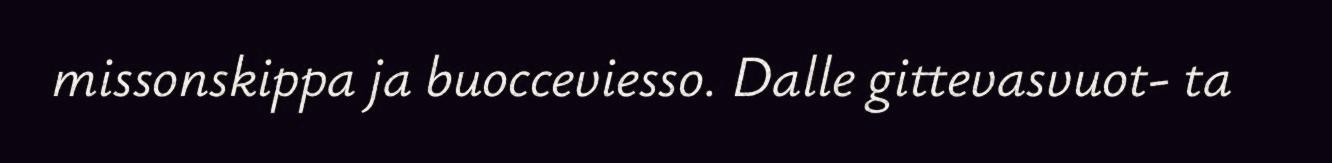
missonskippa ja buocceviesso. Dalle gittevasvuot- ta